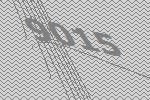
9015